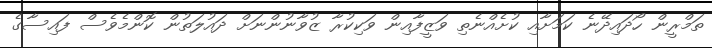
ތަމްރީން ހޯދައިދޭނެ ކަމަށާއި ކުށެއްނެތި ވަޒީފާއިން ވަކިކުރާ ޒުވާނުންނަށް ދައުލަތުން ކޮންމެވެސް ފައިސާގެ